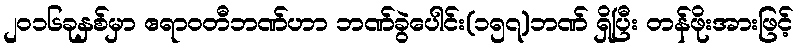
၂၀၁၆ခုနှစ်မှာ ဧရာဝတီဘဏ်ဟာ ဘဏ်ခွဲပေါင်း(၁၅၇)ဘဏ် ရှိပြီး တန်ဖိုးအားဖြင့်